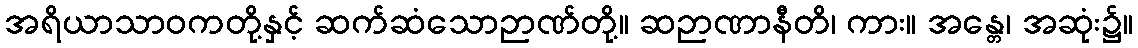
အရိယာသာဝကတို့နှင့် ဆက်ဆံသောဉာဏ်တို့။ ဆဉာဏာနီတိ၊ ကား။ အန္တေ၊ အဆုံး၌။